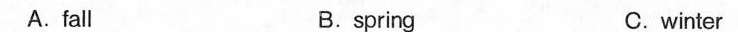
A.fall B.spring C.winter